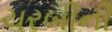
ચરબીની